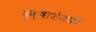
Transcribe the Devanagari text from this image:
वृक्षाशेजारी